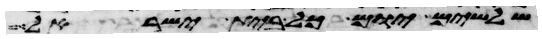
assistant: שלשים יום כל בית ישראל